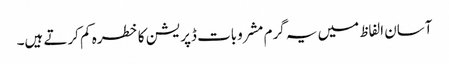
آسان الفاظ میں یہ گرم مشروبات ڈپریشن کا خطرہ کم کرتے ہیں۔